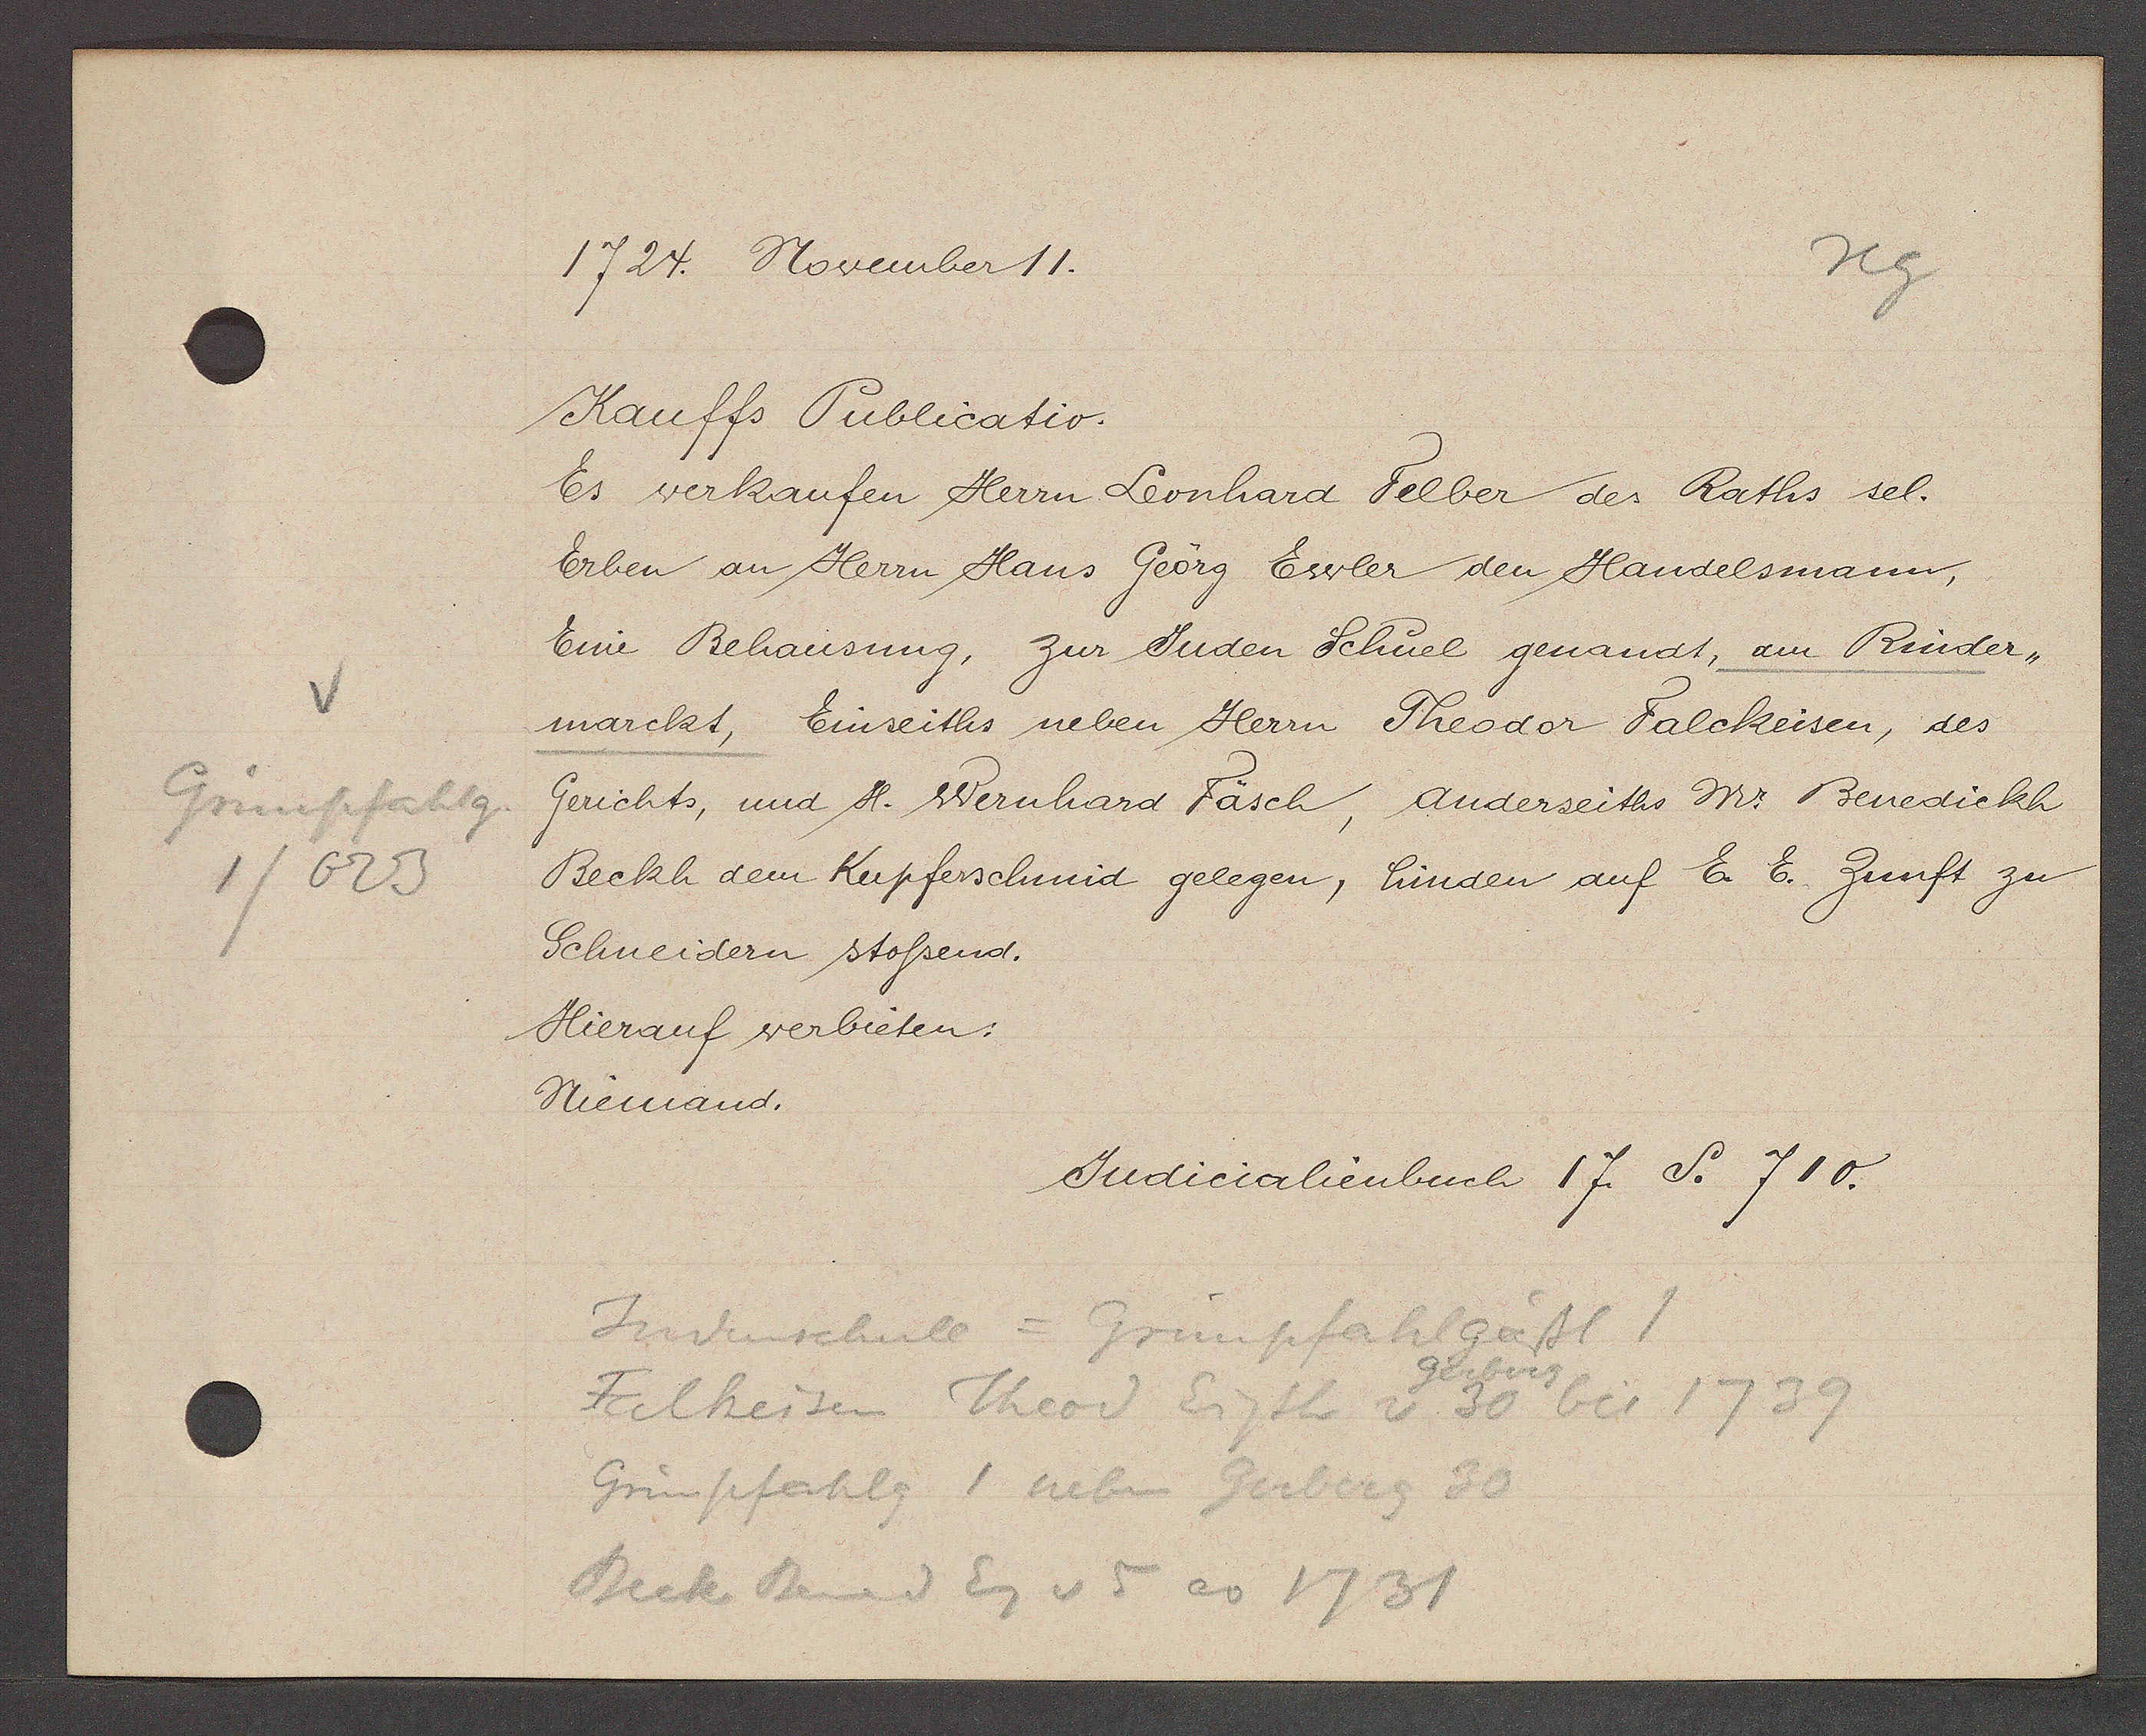
Transcript:
Grünpfahlg
1/623

1724. November 11.

Kauffs Publicatio.
Es verkaufen Herrn Leonhard Felber des Raths sel.
Erben an Herrn Hans Geörg Ewler den Handelsmann,
Eine Behausung, zur Juden Schuel genandt, am Rinder-
marckt, Einseiths neben Herrn Theodor Falckeisen, des
Gerichts, und H. Wernhard Fäsch, anderseiths Mr Benedickh
Beckh dem Kupferschmid gelegen, hinden auf E E. Zunft zu
Schneidern stossend.
Hierauf verbieten:
Niemand.

Judicialienbuch 17. S. 710.

Judenschule = Grünpfahlgässl 1
Falheisen Theod Eigth v 30 bis 1739
Grünpfahlg 1 neben Gerberg 30
Beck Bened Eig v 5 ao 1731